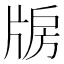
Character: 𤗐